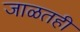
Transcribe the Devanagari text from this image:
जाळतही